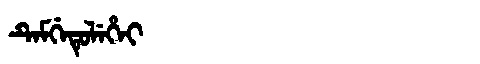
Manchu: ᡨᡝᠮᡤᡝᡨᡠᠯᡝᡥᡝᡳ
Romanization: TEMGETULEHEI